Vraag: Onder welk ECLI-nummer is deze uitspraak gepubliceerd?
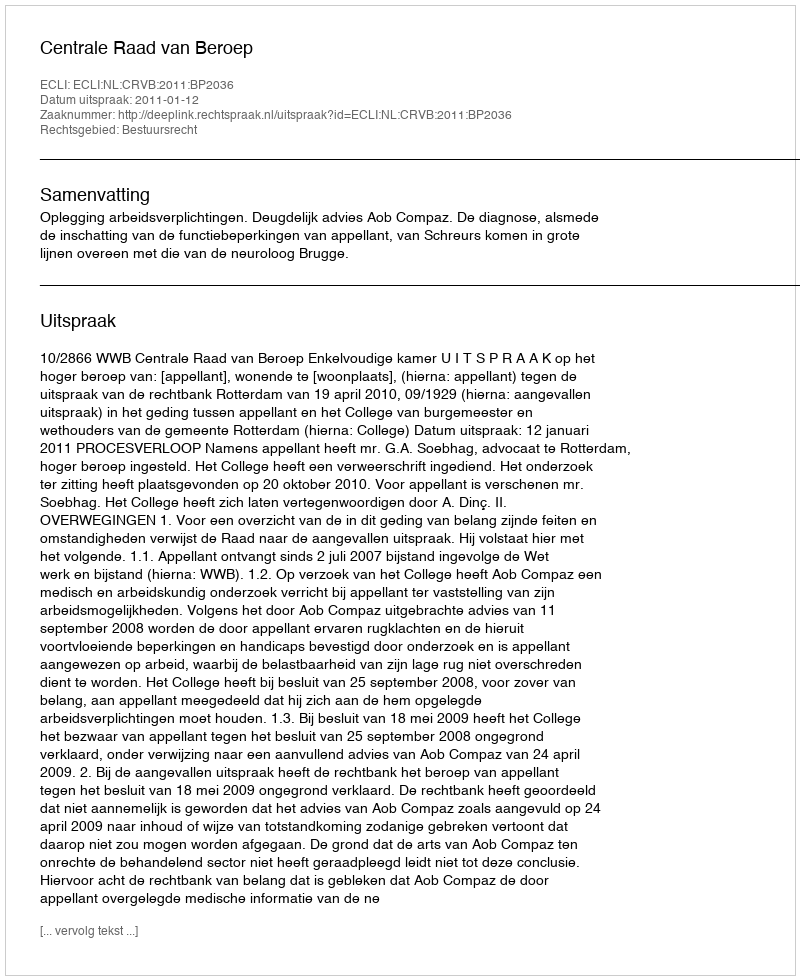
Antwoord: ECLI:NL:CRVB:2011:BP2036